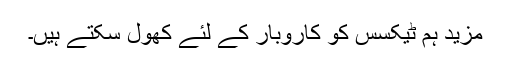
مزید ہم ٹیکسس کو کاروبار کے لئے کھول سکتے ہیں۔